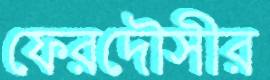
ফেরদৌসীর